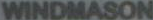
WINDMASON